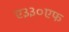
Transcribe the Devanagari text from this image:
ए३३०एफ